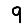
Digit: 9